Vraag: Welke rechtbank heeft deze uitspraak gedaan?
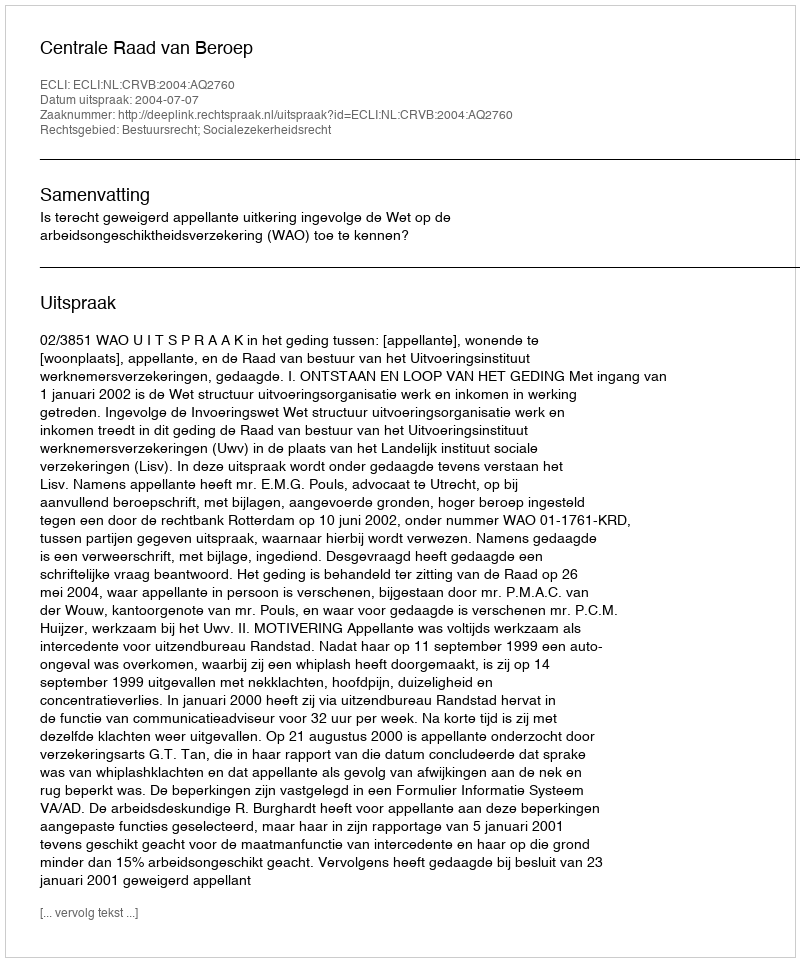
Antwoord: Centrale Raad van Beroep